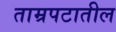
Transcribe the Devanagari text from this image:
ताम्रपटातील